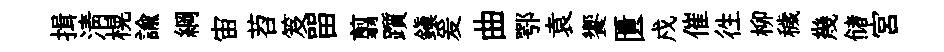
揖清榥諭綱宙苕笈㽞翦躓鎮爰曲鄂袁饗匱戍催徃柳穢幾储宫